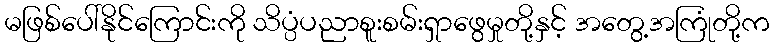
မဖြစ်ပေါ်နိုင်ကြောင်းကို သိပ္ပံပညာစူးစမ်းရှာဖွေမှုတို့နှင့် အတွေ့အကြုံတို့က